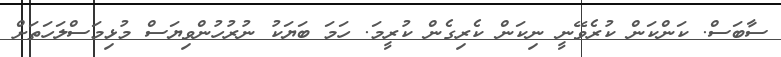
ސާބަސް. ކަންކަން ކުރެވޭނީ ނިކަން ކެރިގެން ކުރީމަ. ހަމަ ބަޔަކު ނުރުހުންވިޔަސް މުޅިމަސްލަހަތަށް